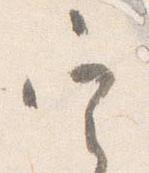
定